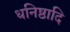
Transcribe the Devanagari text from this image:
धनिष्ठादि